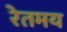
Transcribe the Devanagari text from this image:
रेतमय